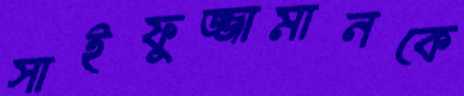
সাইফুজ্জামানকে